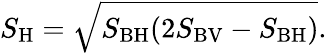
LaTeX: S_{\mathrm{H}}=\sqrt{S_{\mathrm{BH}}(2S_{\mathrm{BV}}-S_{\mathrm{BH}})}.